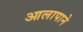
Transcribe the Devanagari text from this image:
आलापाने